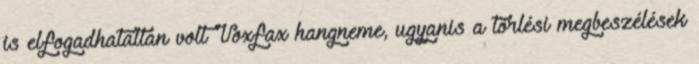
is elfogadhatatlan volt Voxfax hangneme, ugyanis a törlési megbeszélések